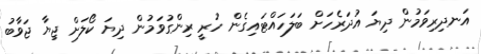
އަނދިރިވަމުން ދިޔަ އުދަރެހަށް ބަލަހައްޓައިގެން ހުރީ ރިންގުވަމުން ދިޔަ ކޯލަށް ޖިޔާ ޖަވާބު